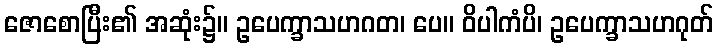
ဇောစောပြီး၏ အဆုံး၌။ ဥပေက္ခာသဟဂတ၊ ပေ။ ဝိပါကံပိ၊ ဥပေက္ခာသဟဂုတ်